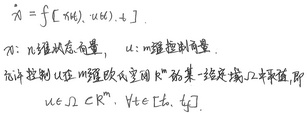
\(\dot{x}=f[x(t),u(t),t]\)。其中\(x\)为 \(n\) 维状态向量，\(u\)为 \(m\) 维控制向量。允许控制 \(u\) 在 \(m\) 维欧氏空间 \(\mathbb{R}^m\) 的某一给定域 \(\Omega\) 中取值，即\(u\in\Omega\subset\mathbb{R}^m,\ \forall t\in[t_0,t_f]\)